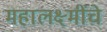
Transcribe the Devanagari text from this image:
महालक्ष्मींचे